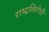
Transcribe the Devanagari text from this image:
राष्‍ट्रविरोधी